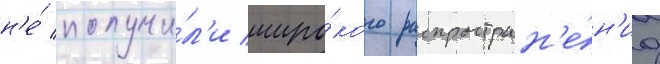
н'е́ получи́л'и широ́кого распростран'е́н'иа